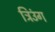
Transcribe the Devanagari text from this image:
त्रिउंग